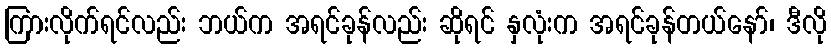
ကြားလိုက်ရင်လည်း ဘယ်က အရင်ခုန်လည်း ဆိုရင် နှလုံးက အရင်ခုန်တယ်နော်၊ ဒီလို